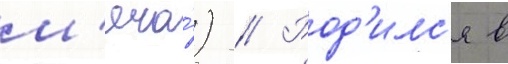
м'яча́) // Род'илс'я в